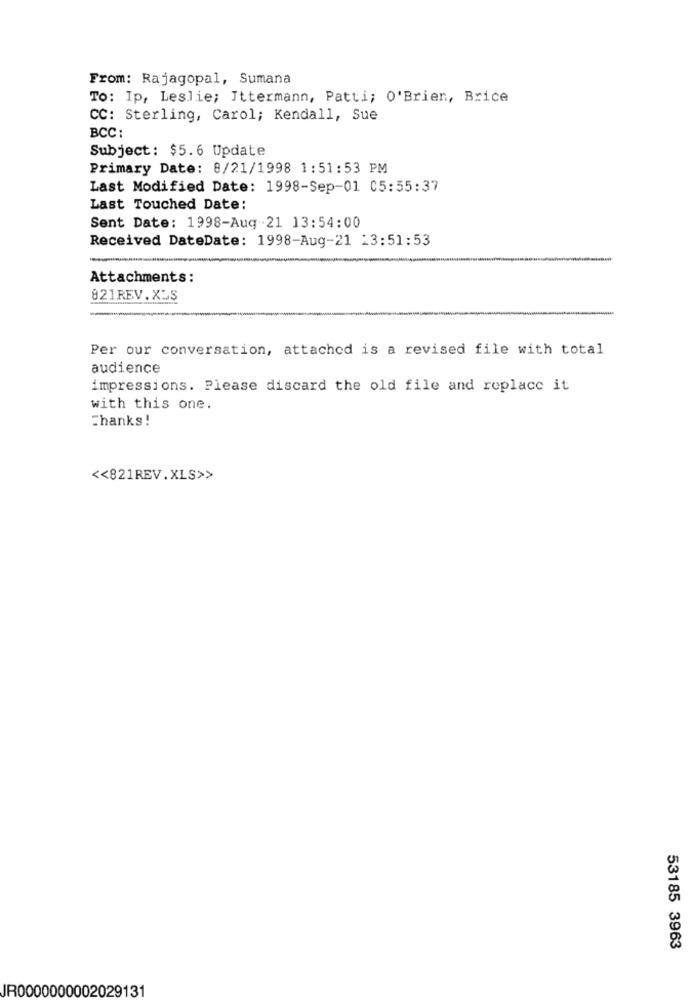
From: Rajagopal, Sumana
To: Ip, Leslie; Ittermann, Patti; O'Brien, Brice
CC: Sterling, Carol; Kendall, Sue
BCC:
Subject: $5.6 Update
Primary Date: 8/21/1998 1:51:53 PM
Last Modified Date: 1998-Sep-01 05:55:37
Last Touched Date:
Sent Date: 1998-Aug-21 13:54:00
Received DateDate: 1998-Aug-21 13:51:53
Attachments:
821REV.XLS
Per our conversation, attached is a revised file with total
audience
impressions. Please discard the old file and replace it
with this one.
Thanks!
<< 821REV.XLS>>
53185 3963
IR0000000002029131